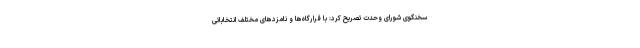
سخنگوی شورای وحدت تصریح کرد: با قرارگاه‌ها و نامزدهای مختلف انتخاباتی